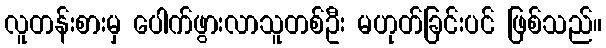
လူတန်းစားမှ ပေါက်ဖွားလာသူတစ်ဦး မဟုတ်ခြင်းပင် ဖြစ်သည်။